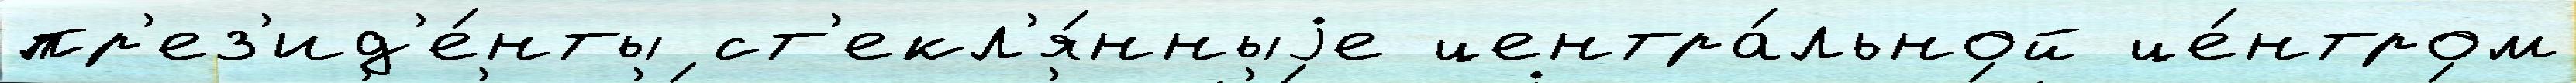
пр'ез'ид'е́нты ст'екл'я́нныjе центра́льной це́нтром